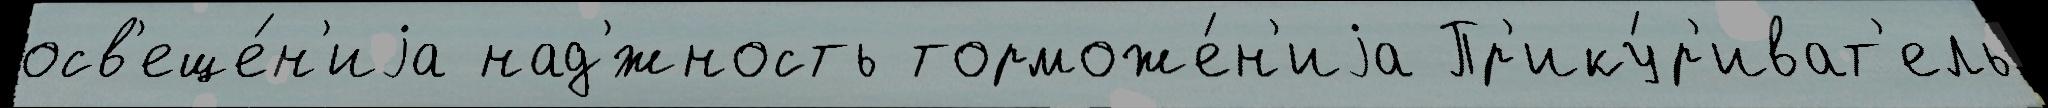
осв'еще́н'иjа над'́жность торможе́н'иjа Пр'ику́р'иват'ель